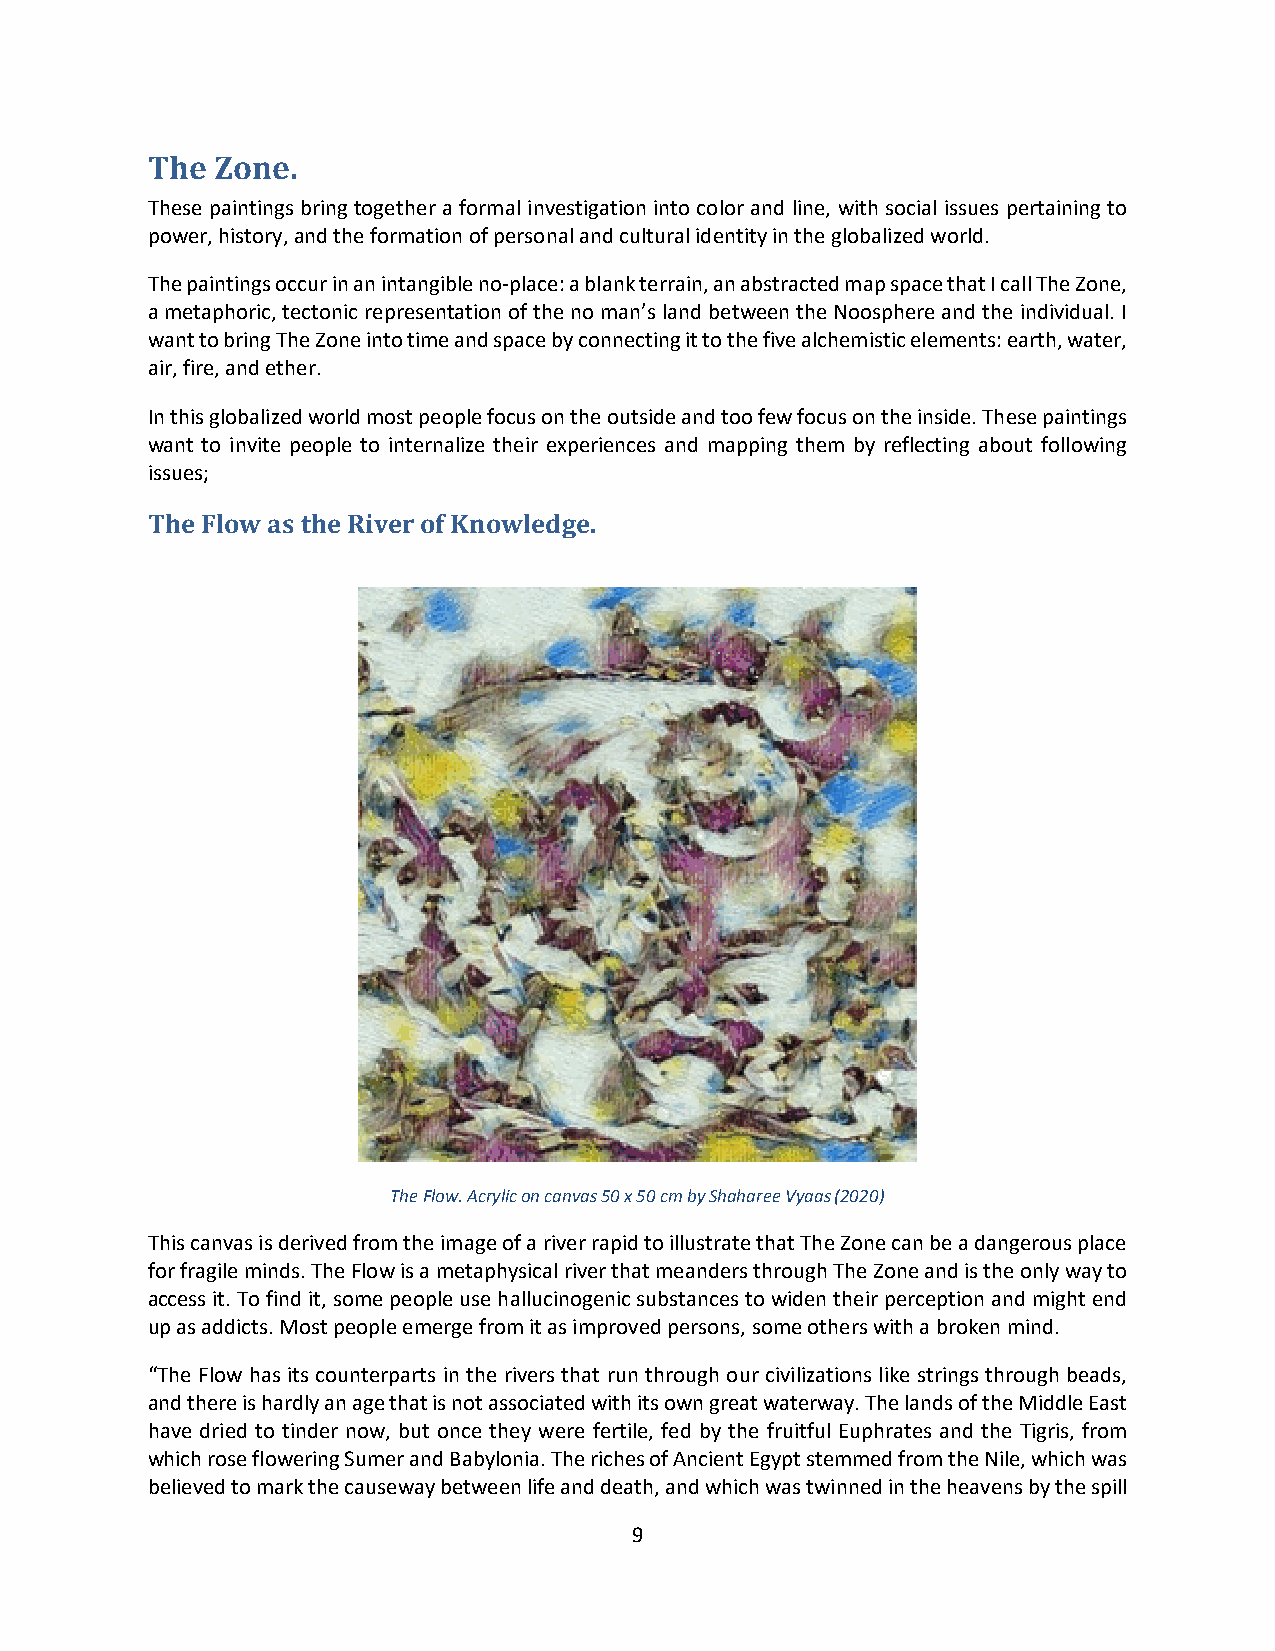
The Zone.
 These paintings bring together a formal investigation into color and line, with social issues pertaining to
 power, history, and the formation of personal and cultural identity in the globalized world.
 The paintings occur in an intangible no-place: a blank terrain, an abstracted map space that I call The Zone,
 a metaphoric, tectonic representation of the no man’s land between the Noosphere and the individual. I
 want to bring The Zone into time and space by connecting it to the five alchemistic elements: earth, water,
 air, fire, and ether.
 In this globalized world most people focus on the outside and too few focus on the inside. These paintings
 want to invite people to internalize their experiences and mapping them by reflecting about following
 issues;
 The Flow as the River of Knowledge.
 The Flow. Acrylic on canvas 50 x 50 cm by Shaharee Vyaas (2020)
 This canvas is derived from the image of a river rapid to illustrate that The Zone can be a dangerous place
 for fragile minds. The Flow is a metaphysical river that meanders through The Zone and is the only way to
 access it. To find it, some people use hallucinogenic substances to widen their perception and might end
 up as addicts. Most people emerge from it as improved persons, some others with a broken mind.
 “The Flow has its counterparts in the rivers that run through our civilizations like strings through beads,
 and there is hardly an age that is not associated with its own great waterway. The lands of the Middle East
 have dried to tinder now, but once they were fertile, fed by the fruitful Euphrates and the Tigris, from
 which rose flowering Sumer and Babylonia. The riches of Ancient Egypt stemmed from the Nile, which was
 believed to mark the causeway between life and death, and which was twinned in the heavens by the spill
 9